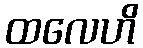
ထလေဟိ